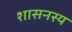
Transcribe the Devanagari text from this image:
शासनस्य